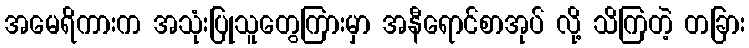
အမေရိကားက အသုံးပြုသူတွေကြားမှာ အနီရောင်စာအုပ် လို့ သိကြတဲ့ တခြား